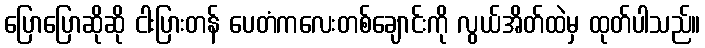
ပြောပြောဆိုဆို ငါးပြားတန် ပေတံကလေးတစ်ချောင်းကို လွယ်အိတ်ထဲမှ ထုတ်ပါသည်။